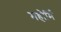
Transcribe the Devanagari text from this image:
महोर्मि